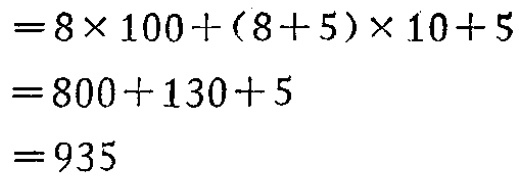
\[
\begin{align*}
&=8\times 100+(8 + 5)\times 10+5\\
&=800 + 130+5\\
&=935
\end{align*}
\]